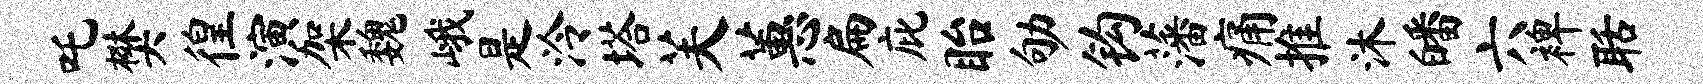
吒樊徨演架魏峨是泠塔芙蕙扁庇眙劬钩藩痛推沐皤六裨聒